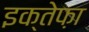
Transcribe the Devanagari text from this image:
इक्तेफ़ा